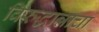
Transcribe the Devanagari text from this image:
विरुद्धान्नाचा